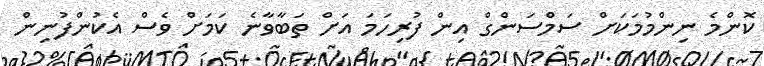
ކޮންމެ ނިންމުމަކަށް ސަމްސަންގް އިން ފުރިހަމަ އަށް ތަބާވާނެ ކަމަށް ވެސް އެކުންފުނިން